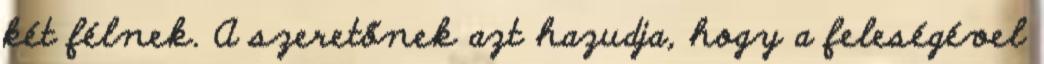
két félnek. A szeretőnek azt hazudja, hogy a feleségével